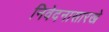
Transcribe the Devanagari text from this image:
निवेदनासारखे